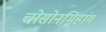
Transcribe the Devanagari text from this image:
चोसोनमिंहांग